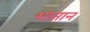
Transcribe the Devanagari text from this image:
शातान